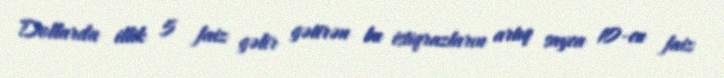
Dollarda illik 5 faiz gəlir gətirən bu istiqrazların artıq sayca 10-cu faiz